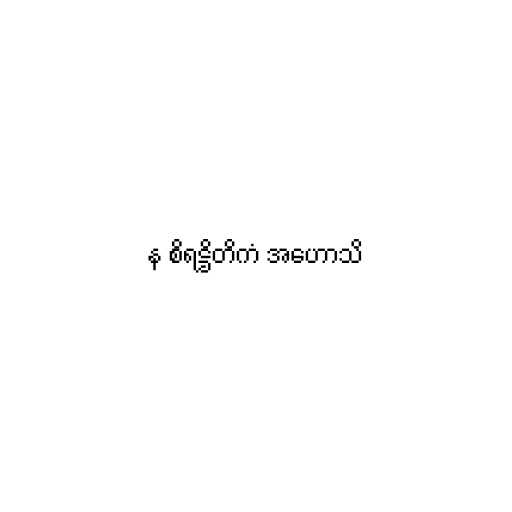
န စိရဋ္ဌိတိကံ အဟောသိ